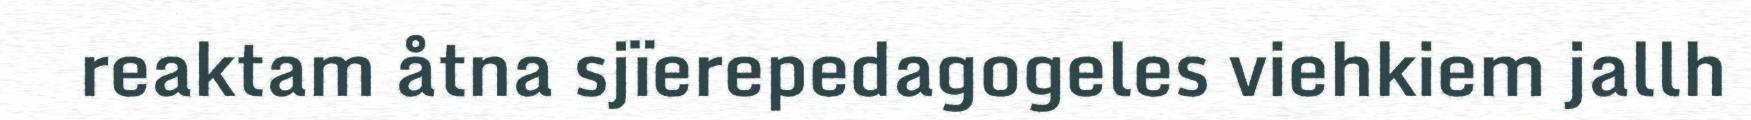
reaktam åtna sjïerepedagogeles viehkiem jallh